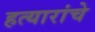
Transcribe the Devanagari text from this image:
हत्यारांचे